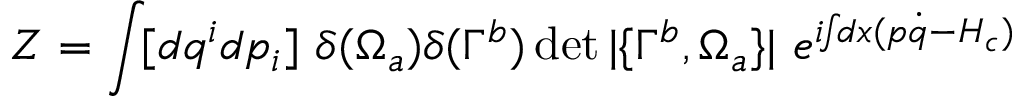
{ \cal Z } = \int \! [ d q ^ { i } d p _ { i } ] ~ \delta ( \Omega _ { a } ) \delta ( \Gamma ^ { b } ) \operatorname * { d e t } | \{ \Gamma ^ { b } , \Omega _ { a } \} | ~ e ^ { i \! \! \int \! \! d x ( p \dot { q } - H _ { c } ) }